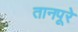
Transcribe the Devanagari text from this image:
तानपूरे